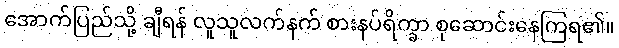
အောက်ပြည်သို့ ချီရန် လူသူလက်နက် စားနပ်ရိက္ခာ စုဆောင်းနေကြရ၏။